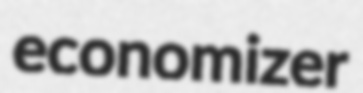
economizer